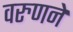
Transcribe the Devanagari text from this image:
वरुणने